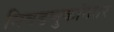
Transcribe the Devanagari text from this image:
निवडणुकांनतर